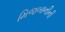
મિજબાનીની